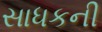
સાધકની